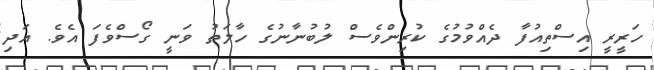
ހަރީރީ އިސްތިއުފާ ދެއްވުމުގެ ކުރިންވެސް ލުބުނާނުގެ ހާލަތު ވަނީ ގޯސްވެފަ އެވެ. އަދި